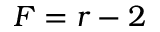
F = r - 2